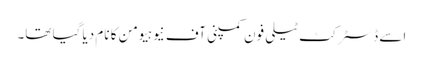
اسے ڈسٹرکٹ ٹیلی فون کمپنی آف نیوہیومن کا نام دیا گیا تھا۔